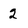
Character: 2